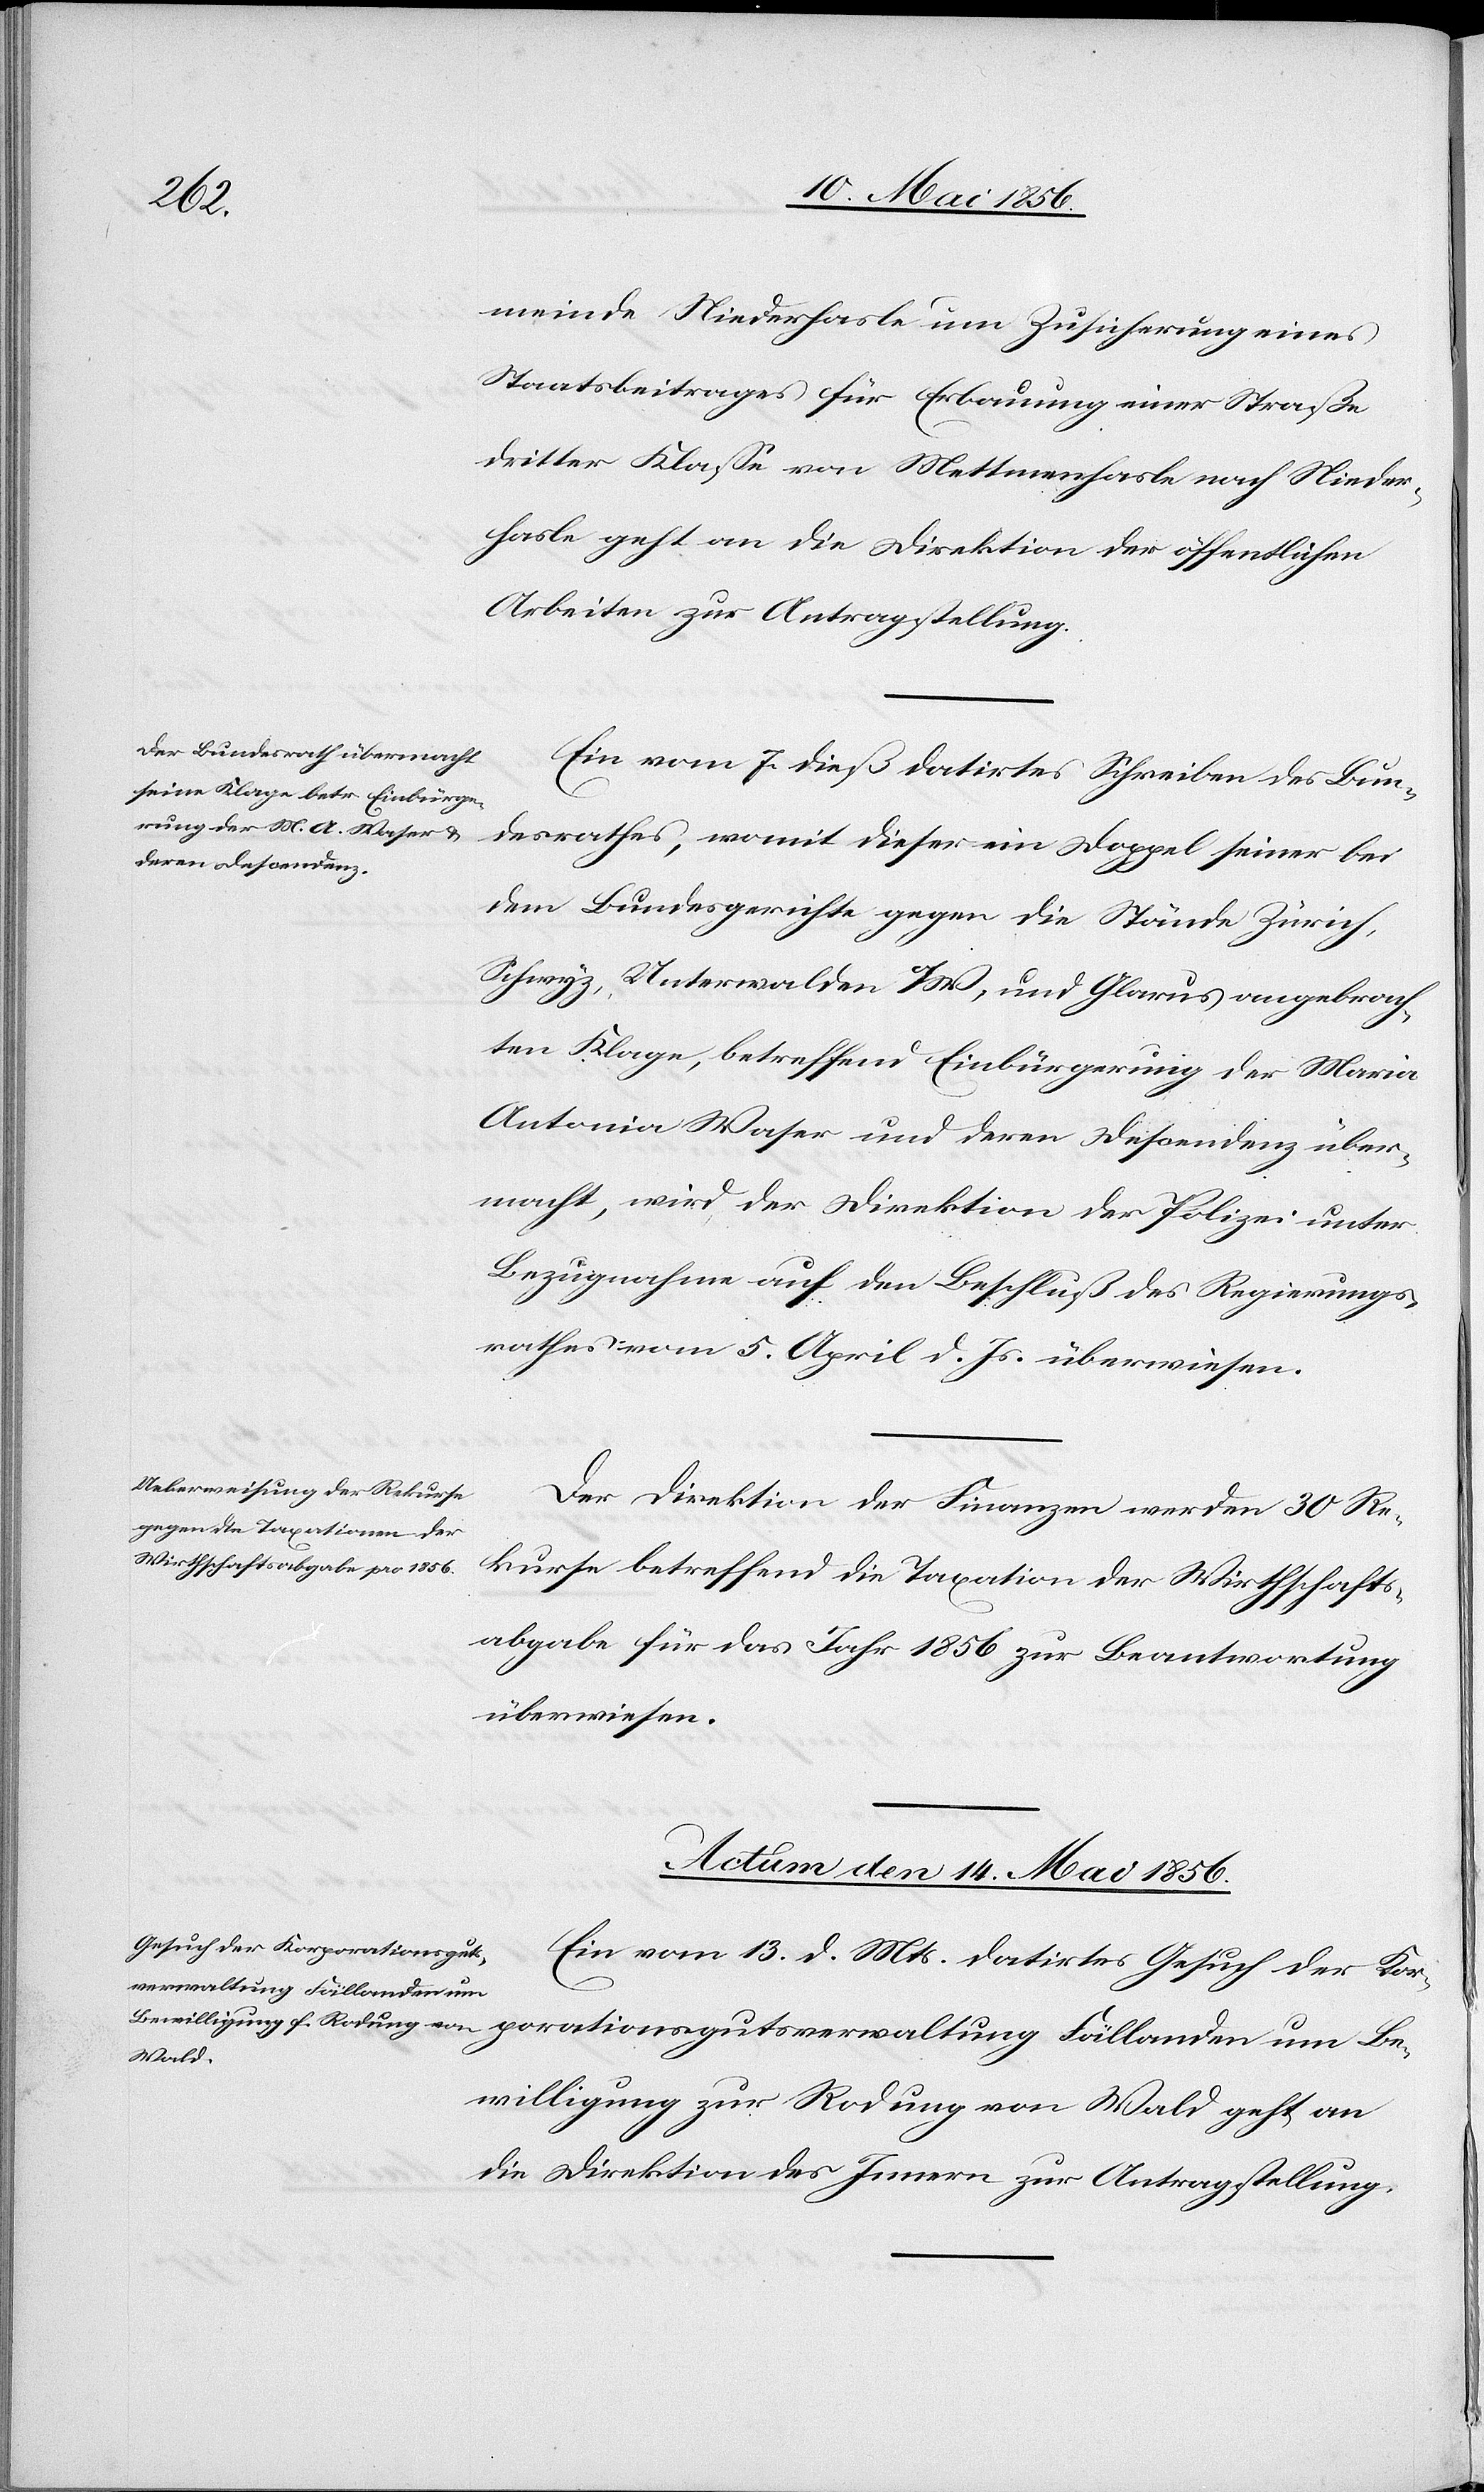
tionsg¬
meinde Niederhasle [sic!] um Zusicherung eines
Staatsbeitrages für Erbauung einer Straße
dritter Klasse von Mettmenhasle nach Nieder¬
hasle geht an die Direktion der öffentlichen
Arbeiten zur Antragstellung.
Ein vom 7. dieß datirtes Schreiben des Bun¬
desrathes, womit dieser ein Doppel seiner bei
dem Bundesgerichte gegen die Stände Zürich,
Schwyz, Unterwalden O/W, und Glarus angebrach¬
ten Klage, betreffend Einbürgerung der Maria
Antonia Waser und deren Descendenz über¬
macht, wird der Direktion der Polizei unter
Bezugnahme auf den Beschluß des Regierungs¬
rathes vom 5. April d. Js. überwiesen.
Der Direktion der Finanzen werden 30 Re¬
kurse betreffend die Taxation der Wirthschafts¬
abgabe für das Jahr 1856 zur Beantwortung
überwiesen.
Actum den 14. Mai 1856.
Ein vom 13. d. Mts. datirtes Gesuch der Kor¬
uts¬
verwaltung Fällanden um
Bewilligung zur Rodung von Wald geht an
die Direktion des Innern zur Antragstellung.